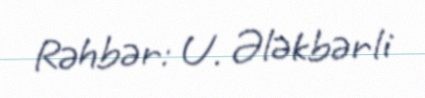
Rəhbər: U. Ələkbərli